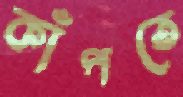
কাঁপতে